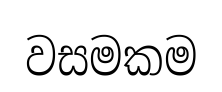
වසමකම